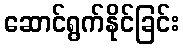
ဆောင်ရွက်နိုင်ခြင်း